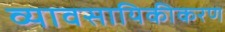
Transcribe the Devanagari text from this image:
व्यावसायिकीकरण